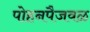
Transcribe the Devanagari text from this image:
पोहनपैजवळ